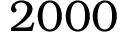
2 0 0 0